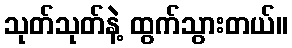
သုတ်သုတ်နဲ့ ထွက်သွားတယ်။